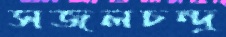
সজলচন্দ্র